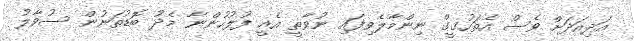
އަދިއަދަށް ވެސް އެތަހުގީގް ނިންމާލެވިފައި ނުވާތީ އެއީ ފުލުހުންނާ މެދު ބޮޑުތަނުން ސުވާލު